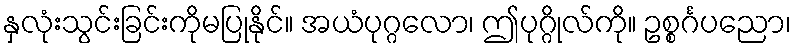
နှလုံးသွင်းခြင်းကိုမပြုနိုင်။ အယံပုဂ္ဂလော၊ ဤပုဂ္ဂိုလ်ကို။ ဥစ္စင်္ဂပညော၊